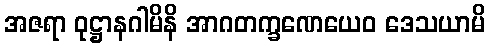
အဇရာ ဝုဋ္ဌာနဂါမိနိ အာဂတက္ခဏေယေဝ ဒေသယာမိ